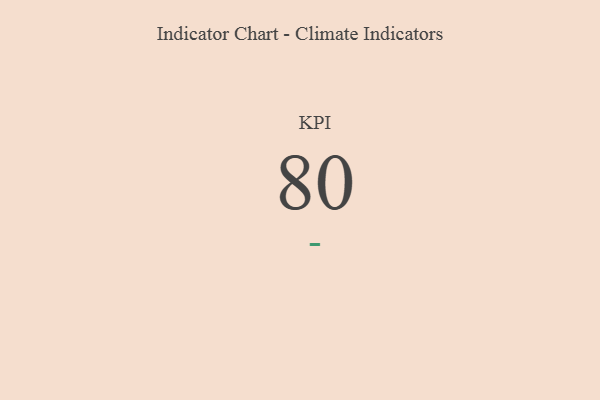
{"axis": {"x": "KPI", "y": "Value"}, "legend": [""], "data": [{"x": "KPI", "y": 80, "type": ""}]}